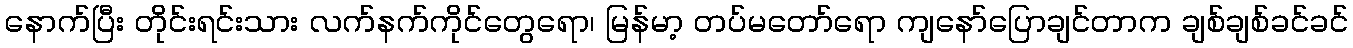
နောက်ပြီး တိုင်းရင်းသား လက်နက်ကိုင်တွေရော၊ မြန်မာ့ တပ်မတော်ရော ကျနော်ပြောချင်တာက ချစ်ချစ်ခင်ခင်